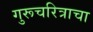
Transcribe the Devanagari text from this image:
गुरूचरित्राचा